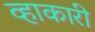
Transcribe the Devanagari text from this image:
व्हाकारी